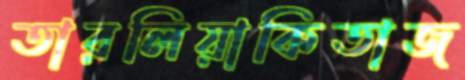
তারলিয়াকিতাজ